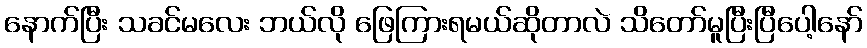
နောက်ပြီး သခင်မလေး ဘယ်လို ဖြေကြားရမယ်ဆိုတာလဲ သိတော်မူပြီးပြီပေါ့နော်